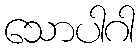
သောပါဂါ